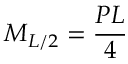
M _ { L / 2 } = { \frac { P L } { 4 } }